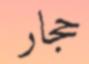
حجار